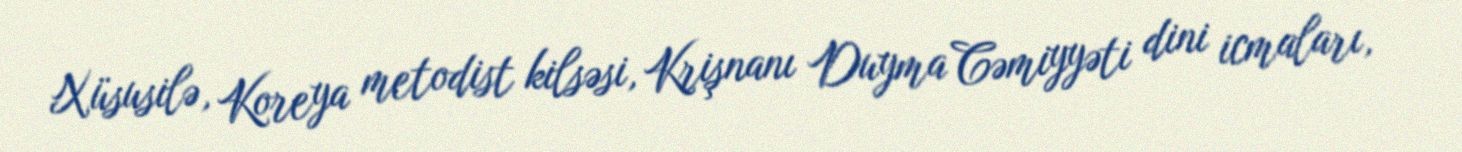
Xüsusilə, Koreya metodist kilsəsi, Krişnanı Duyma Cəmiyyəti dini icmaları,